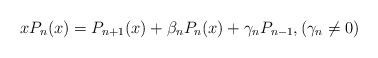
LaTeX: \begin{align*}xP_n(x)=P_{n+1}(x)+\beta_nP_{n}(x)+\gamma_nP_{n-1},(\gamma_n\neq0)\end{align*}